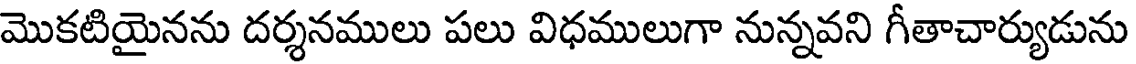
మొకటియైనను దర్శనములు పలు విధములుగా నున్నవని గీతాచార్యుడును